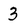
Character: 3